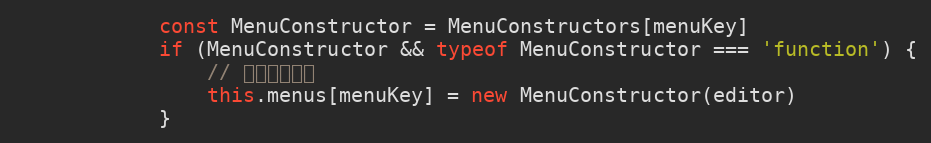
Language: JavaScript
            const MenuConstructor = MenuConstructors[menuKey]
            if (MenuConstructor && typeof MenuConstructor === 'function') {
                // 创建单个菜单
                this.menus[menuKey] = new MenuConstructor(editor)
            }